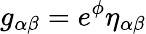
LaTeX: g_{\alpha\beta}=e^{\phi}\eta_{\alpha\beta}